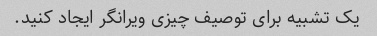
یک تشبیه برای توصیف چیزی ویرانگر ایجاد کنید.